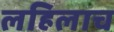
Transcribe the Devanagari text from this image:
लहिलाच